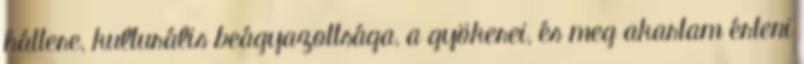
háttere, kulturális beágyazottsága, a gyökerei, és meg akartam érteni